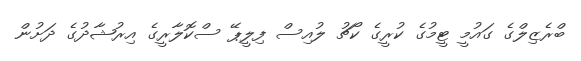
ބްރެޒިލްގެ ގައުމީ ޓީމުގެ ކުރީގެ ކޯޗު ލުއިސް ފިލީޕޭ ސްކޮލާރީގެ އިރުޝާދުގެ ދަށުން